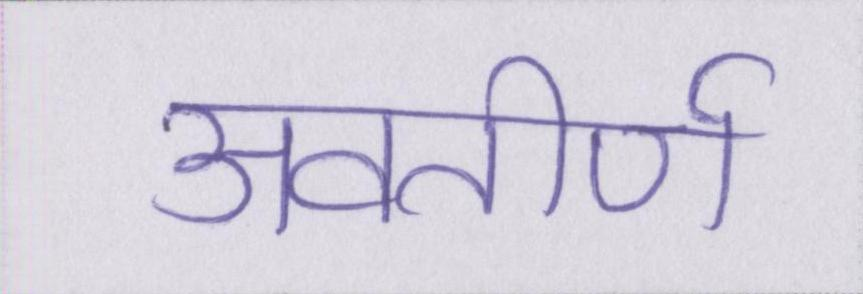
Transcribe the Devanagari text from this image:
अवतीर्ण